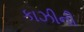
કાઝીની